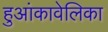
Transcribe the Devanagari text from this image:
हुआंकावेलिका